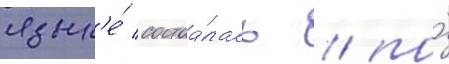
язык'е́ состоа́лась / по́